Problem: 4 × 6 = ?
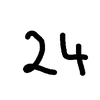
Handwritten answer: 24